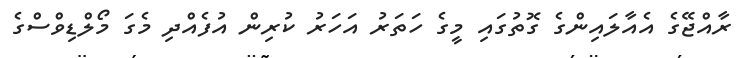
ރާއްޖޭގެ އެއާލައިންގެ ގޮތުގައި މީގެ ހަތަރު އަހަރު ކުރިން އުފެއްދި މެގަ މޯލްޑިވްސްގެ